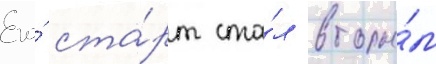
Его́ ста́рт ста́л вторы́м